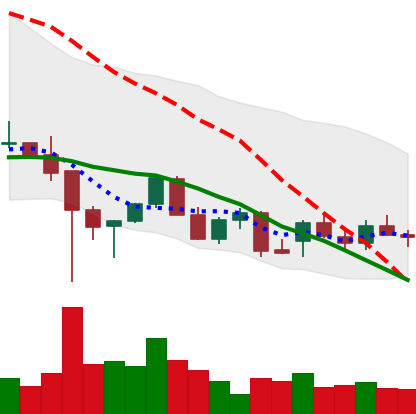
Ticker: LINK-USD
Chart end date: 2021-12-20
Forward return: 17.99%
Label: up_7plus